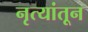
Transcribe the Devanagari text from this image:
नृत्यांतून